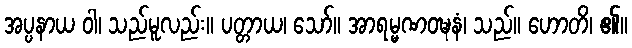
အပ္ပနာယ ဝါ၊ သည်မူလည်း။ ပတ္တာယ၊ သော်။ အာရမ္မဏဝဍ္ဎနံ၊ သည်။ ဟောတိ၊ ၏။